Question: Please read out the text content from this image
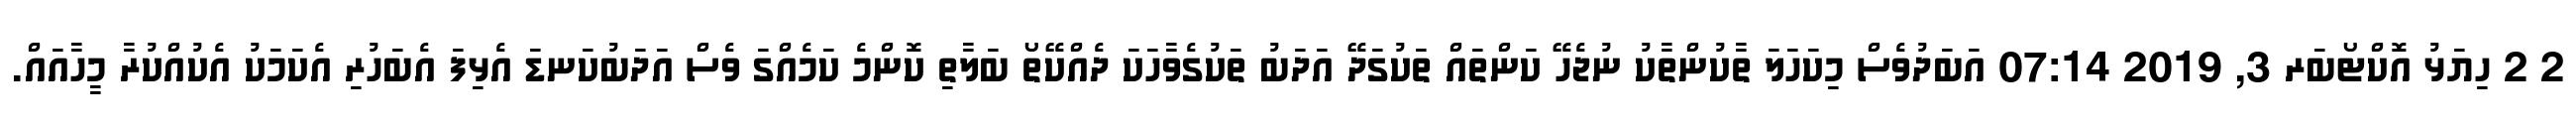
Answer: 2 2 ހިޔަޅު އޮކްޓޯބަރ 3, 2019 07:14 އަބަދުވެސް މިކަހަލަ ތާކުންތާކު ނުޖެހޭ ކަންތައް ތަކުގަދޭ އަދަބު ތަކުގެވާހަކަ ދެއްކޭތޯ ބަލާތި ކޮންމެ ކަމެއްގަ ވެސް އަދަބުކަނޑަ އެޅިފަ އެބަހުރި އެކަމަކު އެކުއްކުރާ މީހާއައް.